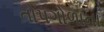
તોપગોળાના